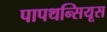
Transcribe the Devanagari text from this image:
पापथन्सियूस